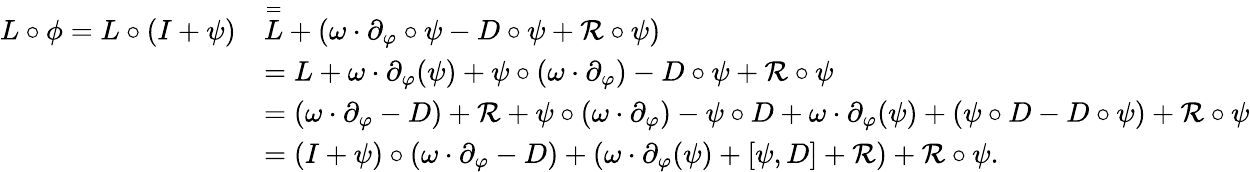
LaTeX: \begin{array}{rl}{L\circ\phi=L\circ(I+\psi)}&{\overset=L+(\omega\cdot\partial_{\varphi}\circ\psi-D\circ\psi+\mathcal{R}\circ\psi)}\\ &{=L+\omega\cdot\partial_{\varphi}(\psi)+\psi\circ(\omega\cdot\partial_{\varphi})-D\circ\psi+\mathcal{R}\circ\psi}\\ &{=(\omega\cdot\partial_{\varphi}-D)+\mathcal{R}+\psi\circ(\omega\cdot\partial_{\varphi})-\psi\circ D+\omega\cdot\partial_{\varphi}(\psi)+(\psi\circ D-D\circ\psi)+\mathcal{R}\circ\psi}\\ &{=(I+\psi)\circ(\omega\cdot\partial_{\varphi}-D)+(\omega\cdot\partial_{\varphi}(\psi)+[\psi,D]+\mathcal{R})+\mathcal{R}\circ\psi.}\end{array}